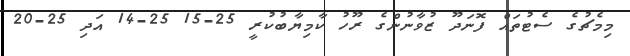
މިމެޗުގެ ސެޓުތައް ފޮނަދޫ ޒުވާނުންގެ ރޫހު ކާމިޔާބުކުރީ 25-15 25-14 އަދި 25-20